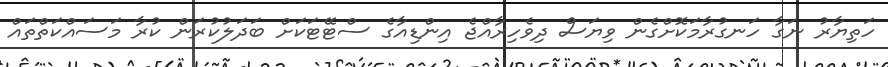
ހަތިޔާރު ނަގާ ހަނގުރާމަކޮށްގެން ވިޔަސް ދިވެހިރާއްޖެ އިންޑިއާގެ ސްޓޭޓަކަށް ބަދަލުކުރަން ކުރާ މަސައްކަތްތައް